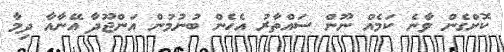
ކޮށްގެން ވާނެ ކަމެއް ނޫން ސައްތާރު އެހެން ބުނުމުން އަންޖޫދާ އޭނާއާ ދިމާ